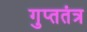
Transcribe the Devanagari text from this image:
गुप्ततंत्र